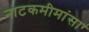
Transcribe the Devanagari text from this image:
नाटकमीमांसा